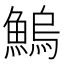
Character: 鰞